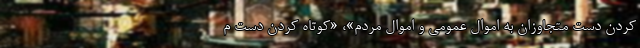
کردن دست متجاوزان به اموال عمومی و اموال مردم»، «کوتاه کردن دست م